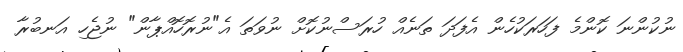
ނުކުންނަ ކޮންމެ ފަހަރަކުހެން އެފަދަ ތަނެއް ހުރަސްނުކޮށް ނުވަތަ އެ"ނުރޮހޮއްޕާން" ނުޖެހި އަނބުރާ